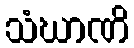
သံဃာဏိ